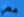
معي